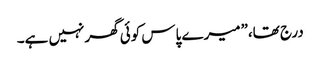
درج تھا،”میرے پاس کوئی گھرنہیں ہے۔